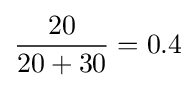
{\frac {20}{20+30}}=0.4